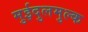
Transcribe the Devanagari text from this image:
मुईदुलमुल्क